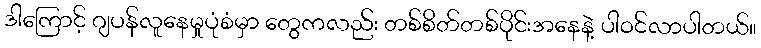
ဒါကြောင့် ဂျပန်လူနေမှုပုံစံမှာ တွေကလည်း တစ်စိတ်တစ်ပိုင်းအနေနဲ့ ပါဝင်လာပါတယ်။